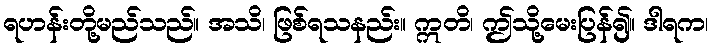
ရဟန်းတို့မည်သည်။ အသိ၊ ဖြစ်ရသနည်း။ ဣတိ၊ ဤသို့မေးပြန်၍။ ဒါရက၊